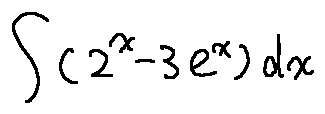
\int ( 2 ^ { x } - 3 e ^ { x } ) d x